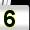
Digit: 5